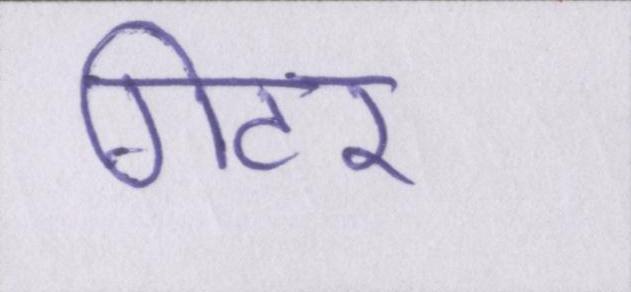
गिटर